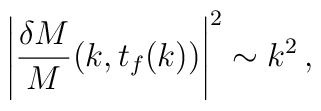
\left| {{\delta M} \over M}(k, t_f(k)) \right|^2 \sim k^2 \,,